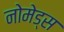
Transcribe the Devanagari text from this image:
नोमेड्स